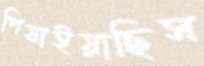
পিষাইয়াছিস